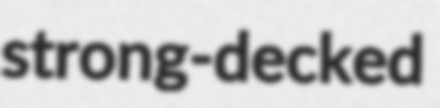
strong-decked